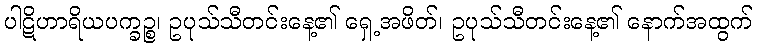
ပါဋိဟာရိယပက္ခဉ္စ၊ ဥပုသ်သီတင်းနေ့၏ ရှေ့အဖိတ်၊ ဥပုသ်သီတင်းနေ့၏ နောက်အထွက်